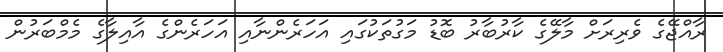
ރާއްޖޭގެ ވެރިރަށް މާލޭގެ ކާރުބާރު ބޮޑު މަގުތަކުގައި އަހަރެންނާއި އަހަރެންގެ އާއިލާގެ މެމްބަރުން